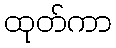
ထုတ်ကာ